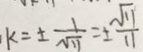
k = \pm \frac { 1 } { \sqrt { 1 1 } } = \pm \frac { \sqrt { 1 1 } } { 1 1 }